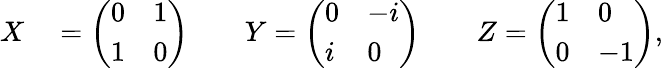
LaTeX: \begin{array}{rl}{X}&{{}=\left(\begin{array}{ll}{0}&{1}\\ {1}&{0}\end{array}\right)\qquad Y=\left(\begin{array}{ll}{0}&{-i}\\ {i}&{0}\end{array}\right)\qquad Z=\left(\begin{array}{ll}{1}&{0}\\ {0}&{-1}\end{array}\right),}\end{array}